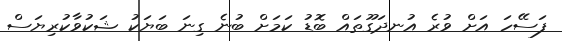
ފަސޭހަ އަށް ވުރެ އުނދަގޫތައް ބޮޑު ކަމަށް ބުނެ ގިނަ ބަޔަކު ޝަކުވާކުރިޔަސް